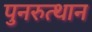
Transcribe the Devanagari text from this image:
पुनरुत्‍थान